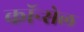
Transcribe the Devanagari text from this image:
कॉन्सेल